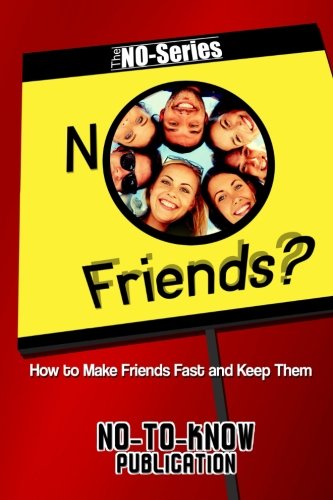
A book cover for NO Friends?: How to Make Friends Fast and Keep Them (The NO-Series); No-To-Know Publication; Self-Help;